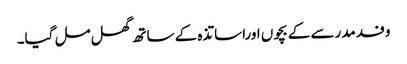
وفد مدرسے کے بچوں اوراساتذہ کے ساتھ گھل مل گیا۔